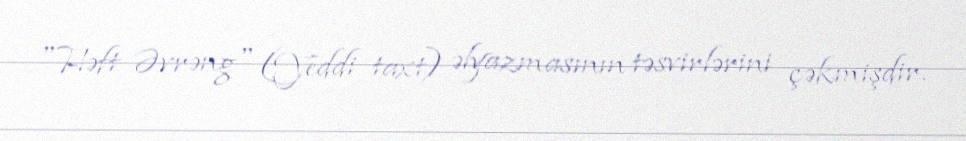
"Həft Əvrəng" (Yeddi taxt) əlyazmasının təsvirlərini çəkmişdir.